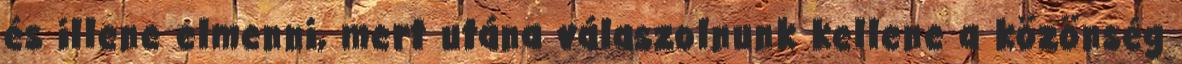
és illene elmenni, mert utána válaszolnunk kellene a közönség